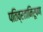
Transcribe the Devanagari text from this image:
पतिव्रतानिरूपण